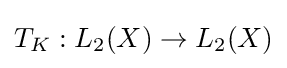
T_{K}:L_{2}(X)\to L_{2}(X)